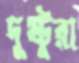
দুষ্টুরা